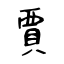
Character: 賈